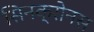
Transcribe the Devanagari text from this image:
सिनक्रोनस